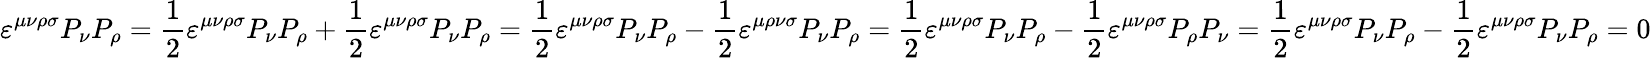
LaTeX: \varepsilon^{\mu\nu\rho\sigma}P_{\nu}P_{\rho}=\frac{1}{2}\varepsilon^{\mu\nu\rho\sigma}P_{\nu}P_{\rho}+\frac{1}{2}\varepsilon^{\mu\nu\rho\sigma}P_{\nu}P_{\rho}=\frac{1}{2}\varepsilon^{\mu\nu\rho\sigma}P_{\nu}P_{\rho}-\frac{1}{2}\varepsilon^{\mu\rho\nu\sigma}P_{\nu}P_{\rho}=\frac{1}{2}\varepsilon^{\mu\nu\rho\sigma}P_{\nu}P_{\rho}-\frac{1}{2}\varepsilon^{\mu\nu\rho\sigma}P_{\rho}P_{\nu}=\frac{1}{2}\varepsilon^{\mu\nu\rho\sigma}P_{\nu}P_{\rho}-\frac{1}{2}\varepsilon^{\mu\nu\rho\sigma}P_{\nu}P_{\rho}=0